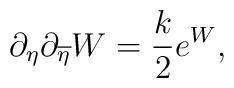
\partial_{\eta}\partial_{\overline{\eta}}W={k\over 2}e^W,